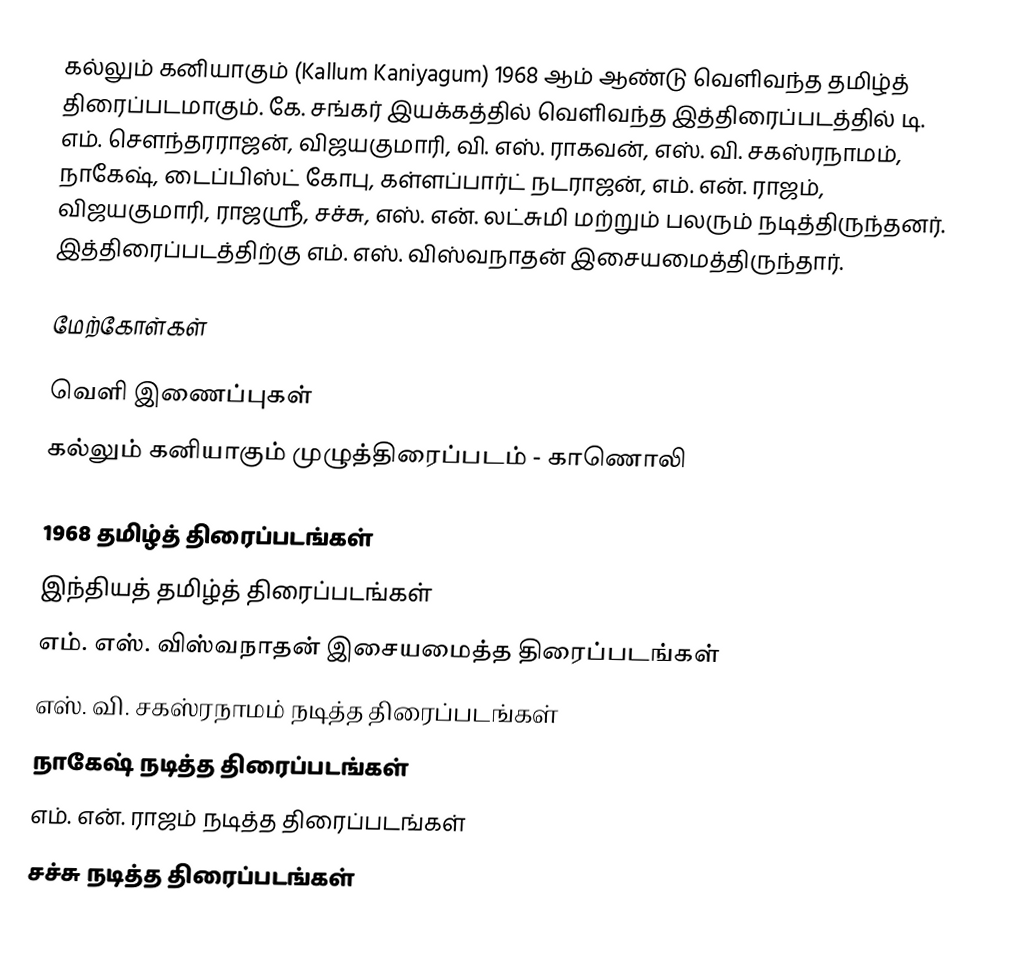
கல்லும் கனியாகும் (Kallum Kaniyagum) 1968 ஆம் ஆண்டு வெளிவந்த தமிழ்த் திரைப்படமாகும். கே. சங்கர் இயக்கத்தில் வெளிவந்த இத்திரைப்படத்தில் டி. எம். சௌந்தரராஜன், விஜயகுமாரி, வி. எஸ். ராகவன், எஸ். வி. சகஸ்ரநாமம், நாகேஷ், டைப்பிஸ்ட் கோபு, கள்ளப்பார்ட் நடராஜன், எம். என். ராஜம், விஜயகுமாரி, ராஜஸ்ரீ, சச்சு, எஸ். என். லட்சுமி மற்றும் பலரும் நடித்திருந்தனர். இத்திரைப்படத்திற்கு எம். எஸ். விஸ்வநாதன் இசையமைத்திருந்தார்.

மேற்கோள்கள்

வெளி இணைப்புகள்
 கல்லும் கனியாகும் முழுத்திரைப்படம் - காணொலி

1968 தமிழ்த் திரைப்படங்கள்
இந்தியத் தமிழ்த் திரைப்படங்கள்
எம். எஸ். விஸ்வநாதன் இசையமைத்த திரைப்படங்கள்
எஸ். வி. சகஸ்ரநாமம் நடித்த திரைப்படங்கள்
நாகேஷ் நடித்த திரைப்படங்கள்
எம். என். ராஜம் நடித்த திரைப்படங்கள்
சச்சு நடித்த திரைப்படங்கள்